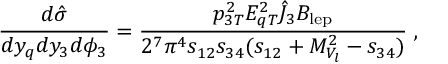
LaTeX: { \frac { d \hat { \sigma } } { d y _ { q } d y _ { 3 } d \phi _ { 3 } } } = { \frac { p _ { 3 T } ^ { 2 } E _ { q T } ^ { 2 } \hat { \cal J } _ { 3 } { \cal B } _ { \mathrm { l e p } } } { 2 ^ { 7 } \pi ^ { 4 } s _ { 1 2 } s _ { 3 4 } ( s _ { 1 2 } + M _ { V _ { l } } ^ { 2 } - s _ { 3 4 } ) } } \; ,